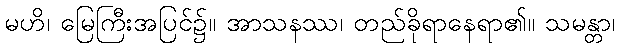
မဟိ၊ မြေကြီးအပြင်၌။ အာသနဿ၊ တည်ခိုရာနေရာ၏။ သမန္တာ၊